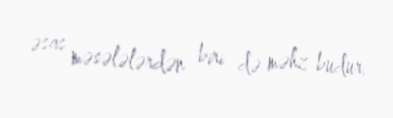
əsas məsələlərdən biri də məhz budur.